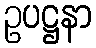
ဥပဋ္ဌနာ